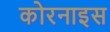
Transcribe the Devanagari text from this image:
कोरनाइस